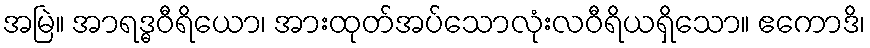
အမြဲ။ အာရဒ္ဓဝီရိယော၊ အားထုတ်အပ်သောလုံးလဝီရိယရှိသော။ ဧကောဒိ၊